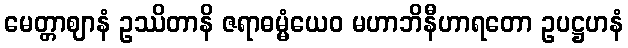
မေတ္တာဈာနံ ဥဿိတာနိ ဇရာဓမ္မံယေဝ မဟာဘိနီဟာရတော ဥပဋ္ဌဟနံ